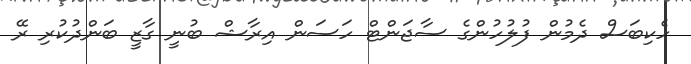
ހެކިބަސް ދެމުން ފުލުހުންގެ ސާޖަންޓް ހަސަން އިރާޝް ބުނީ ގާޒީ ބަންދުކުރި ރޭ